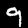
Label: 9